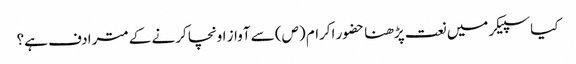
کیا سپیکر میں نعت پڑھنا حضور اکرام (ص) سے آواز اونچا کرنے کے مترادف ہے؟